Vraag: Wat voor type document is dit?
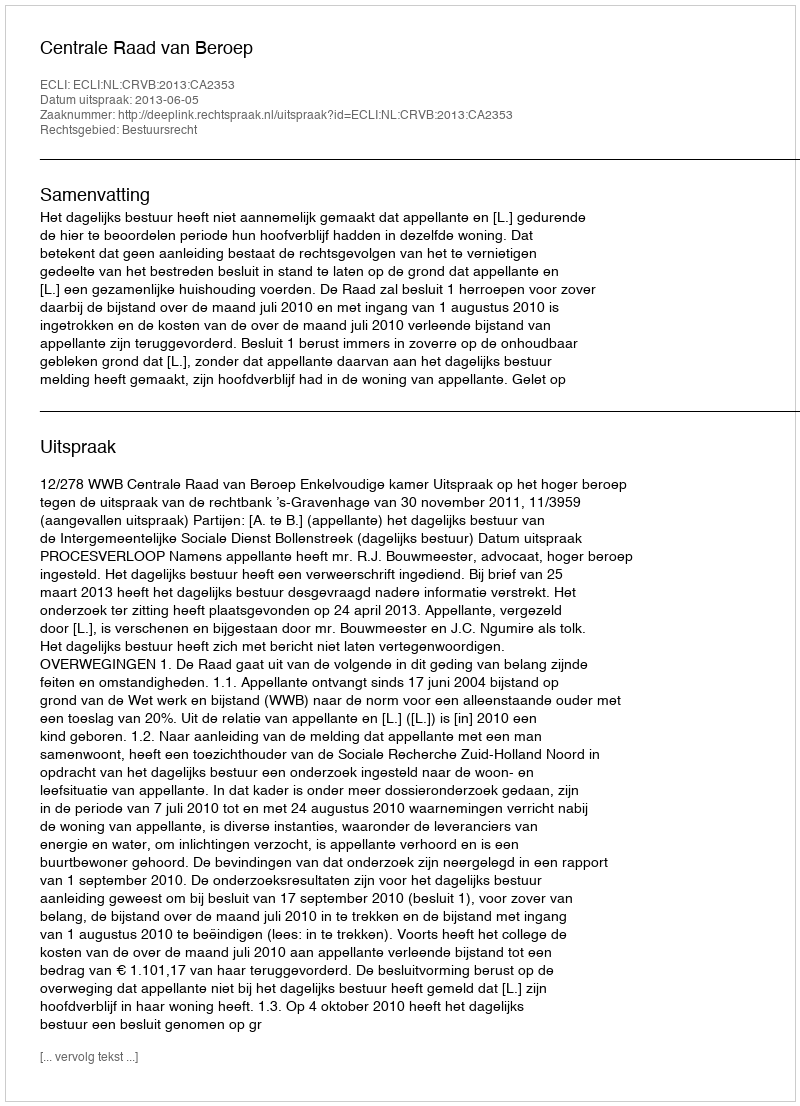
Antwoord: Uitspraak